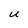
Character: U